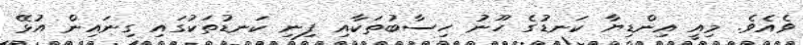
ވެއެވެ. މިއީ އިންޑިޔާ ކަނޑުގެ ހޫނު ހިސާބުތަކާއި ފިނި ކަނޑުތަކުގައި ގިނައިން އުޅޭ